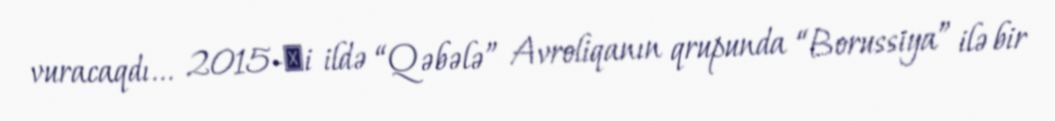
vuracaqdı... 2015-сi ildə “Qəbələ” Avroliqanın qrupunda “Borussiya” ilə bir